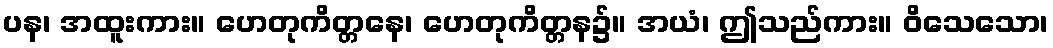
ပန၊ အထူးကား။ ဟေတုကိတ္တနေ၊ ဟေတုကိတ္တန၌။ အယံ၊ ဤသည်ကား။ ဝိသေသော၊